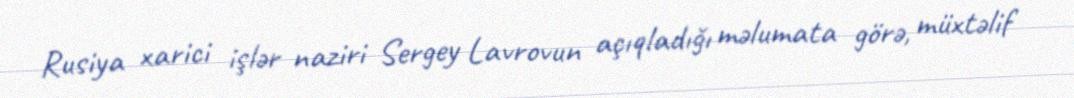
Rusiya xarici işlər naziri Sergey Lavrovun açıqladığı məlumata görə, müxtəlif